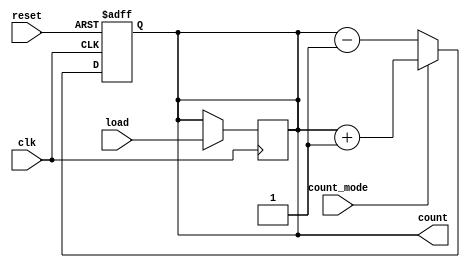
module ChainedParallelCounter (
    input wire clk,           // Clock signal
    input wire reset,         // Asynchronous reset signal
    input wire count_mode,    // Count mode: 1 for up, 0 for down
    input wire [N-1:0] load,  // Load value for initialization (if needed)
    output reg [N-1:0] count  // Current count value
);
    parameter N = 4; // Number of bits in the counter

    // Synchronous Reset and Counting Logic
    always @(posedge clk or posedge reset) begin
        if (reset) begin
            count <= 0; // Reset the counter to 0
        end else if (count_mode) begin
            // Up counting
            count <= count + 1;
        end else begin
            // Down counting
            count <= count - 1;
        end
    end

    // Optional: Load functionality if needed
    always @(posedge clk) begin
        if (load_enable) begin
            count <= load; // Load the specified value
        end
    end
endmodule